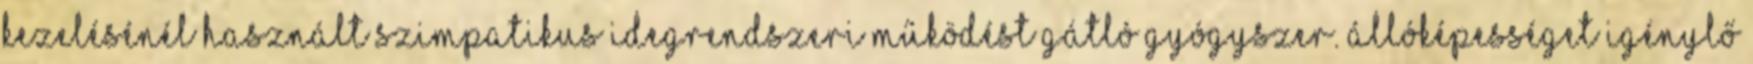
kezelésénél használt szimpatikus idegrendszeri működést gátló gyógyszer. Állóképességet igénylő